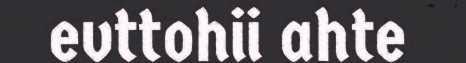
evttohii ahte